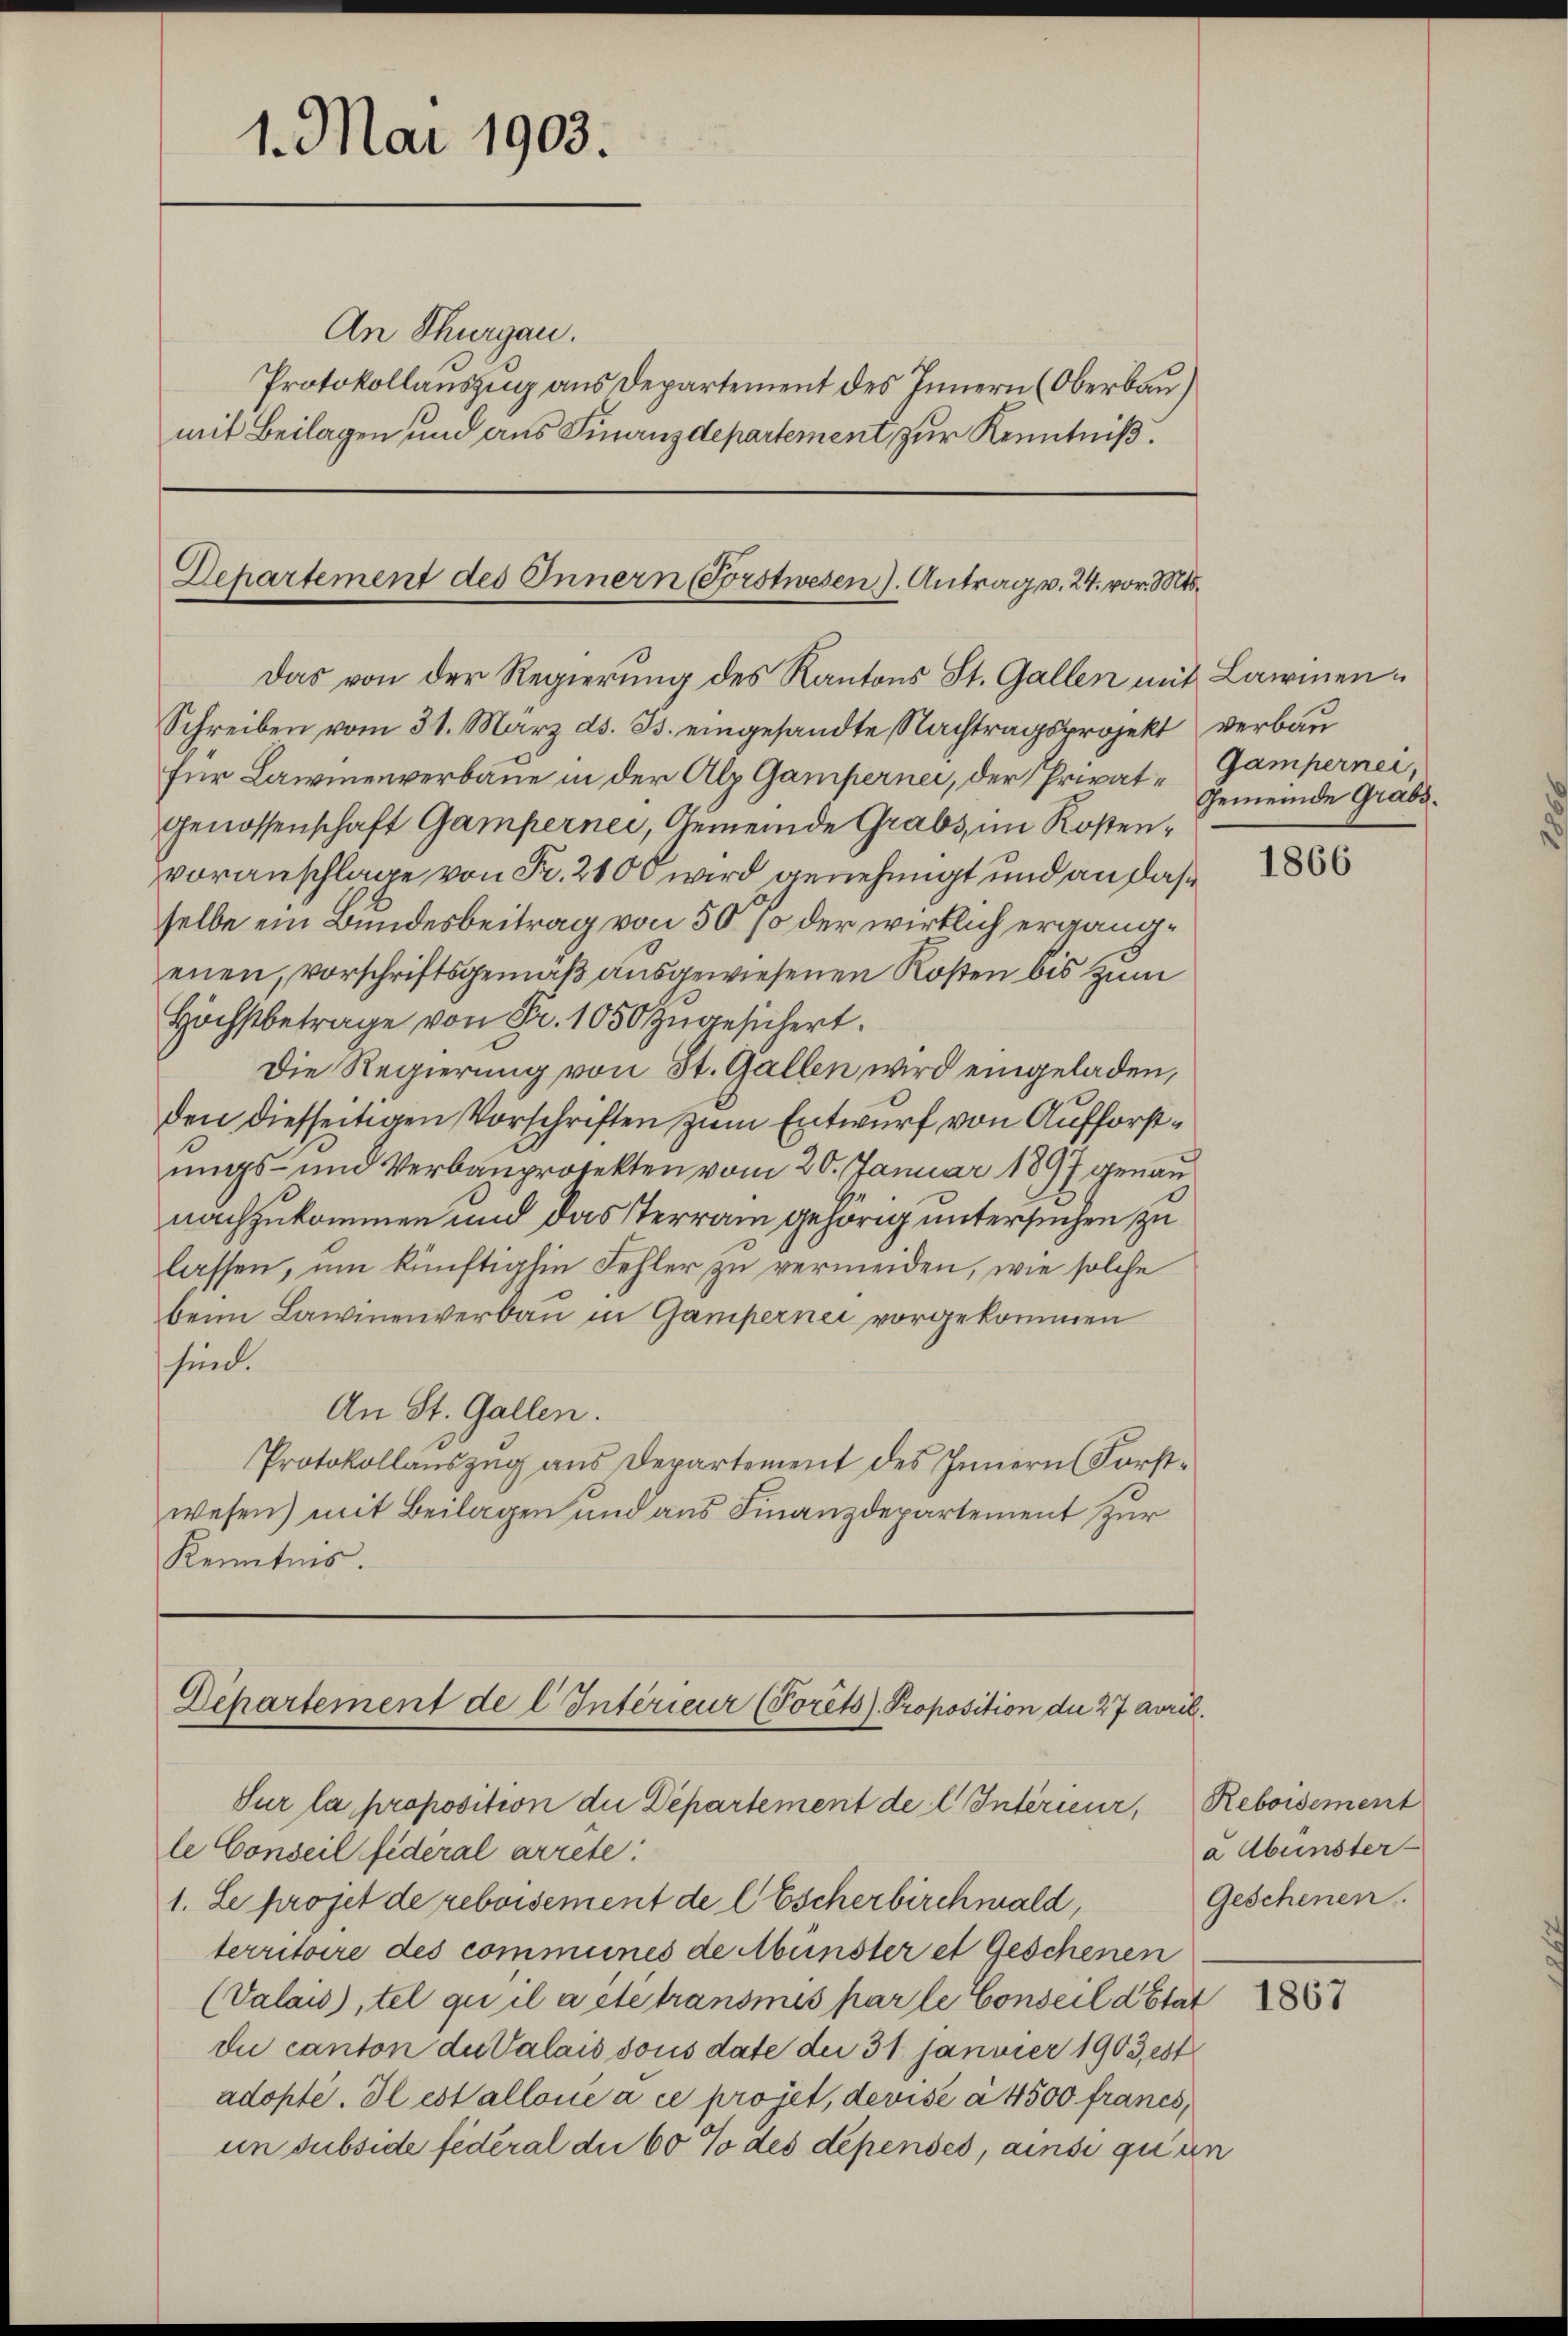
1. Mai 1903.

An Thurgau.
Protokollauszug aus Departement des Innern (Oberbau)
mit Beilagen und aus Finanzdepartement zur Kenntniß.

Departement des Innern Forstwesen J. Antrag v. 24. vor. Mts.
Das von der Regierung des Kantons St. Gallen mit Lawinen¬

Schreiben vom 31. März d. Js. eingesandte Nachtragsprojekt verbaufür Lawinenverbaue in der Alp Gampernei, der Privat- Gampernei,
Genossenschaft Gampernei, Gemeinde Grabs, im Rostenvoranschlage von Fr. 2100 wird genehmigt und an das
selbe ein Bundesbeitrag von 50 % der wirklich ergängenen, vorschriftsgemäß ausgewiesenen Rosten bis zum
Höchstbetrage von Fr. 1050 zugesichert.
Die Regierung von St. Gallen wird eingeladen,
den diesseitigen Vorschriften zum Entwurf von Aufforstungs- und Verbauprotekten vom 20. Januar 1897 genau
nachzukommen und das Terrain gehörig untersuchen zu
lassen, um künftighin Fehler zu vermeiden, wie solche
beim Lawinenverbau in Gamperner vorgekommen
sind.
An St. Gallen.
Protokollauszug aus Departement des Innern (Forstwesen) mit Beilagen und aus Finanzdepartement zur
Kenntnis

Dchartement de l. Interieur (Porêts Proposition die 27 April.
Sur la proposition die Departement de l Interieur, Reboisement

Gemeinde Grabs.

le Conseil fideral arrete.
1. Le projet de reboisement de l Escherbirchmald,
territoire des communes de Münster et Geschenen
(Valais), tel qu’il a été transmis par le Conseil d’Etat
due canton du Valais sous date der 31 Janvier 1903, est
adopté. Il estalloné à ce projet, devise à 4500 francs,
un subside fédéral die 60% des dépenses, ainsi quan

1866

a Abunster-
Geschenen.

1867